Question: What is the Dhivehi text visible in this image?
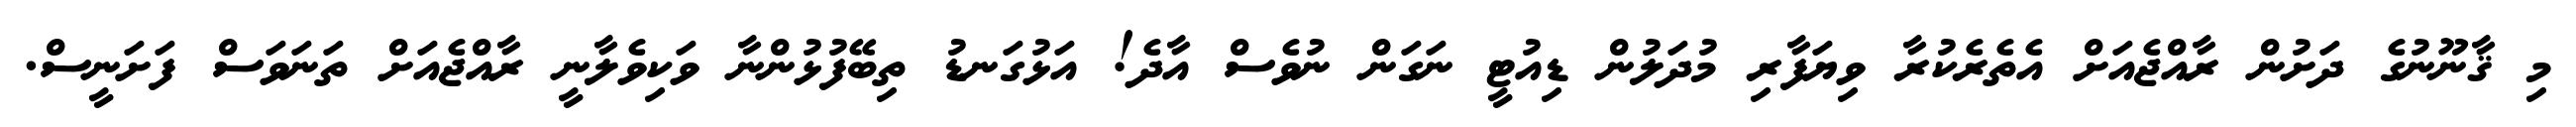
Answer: މި ޤާނޫނުގެ ދަށުން ރާއްޖެއަށް އެތެރެކުރާ ވިޔަފާރި މުދަލުން ޑިއުޓީ ނަގަން ނުވެސް އާދެ! އަޅުގަނޑު ތިބޭފުޅުންނާ ވަކިވެލާނީ ރާއްޖެއަށް ތަނަވަސް ފަށަނީސް.